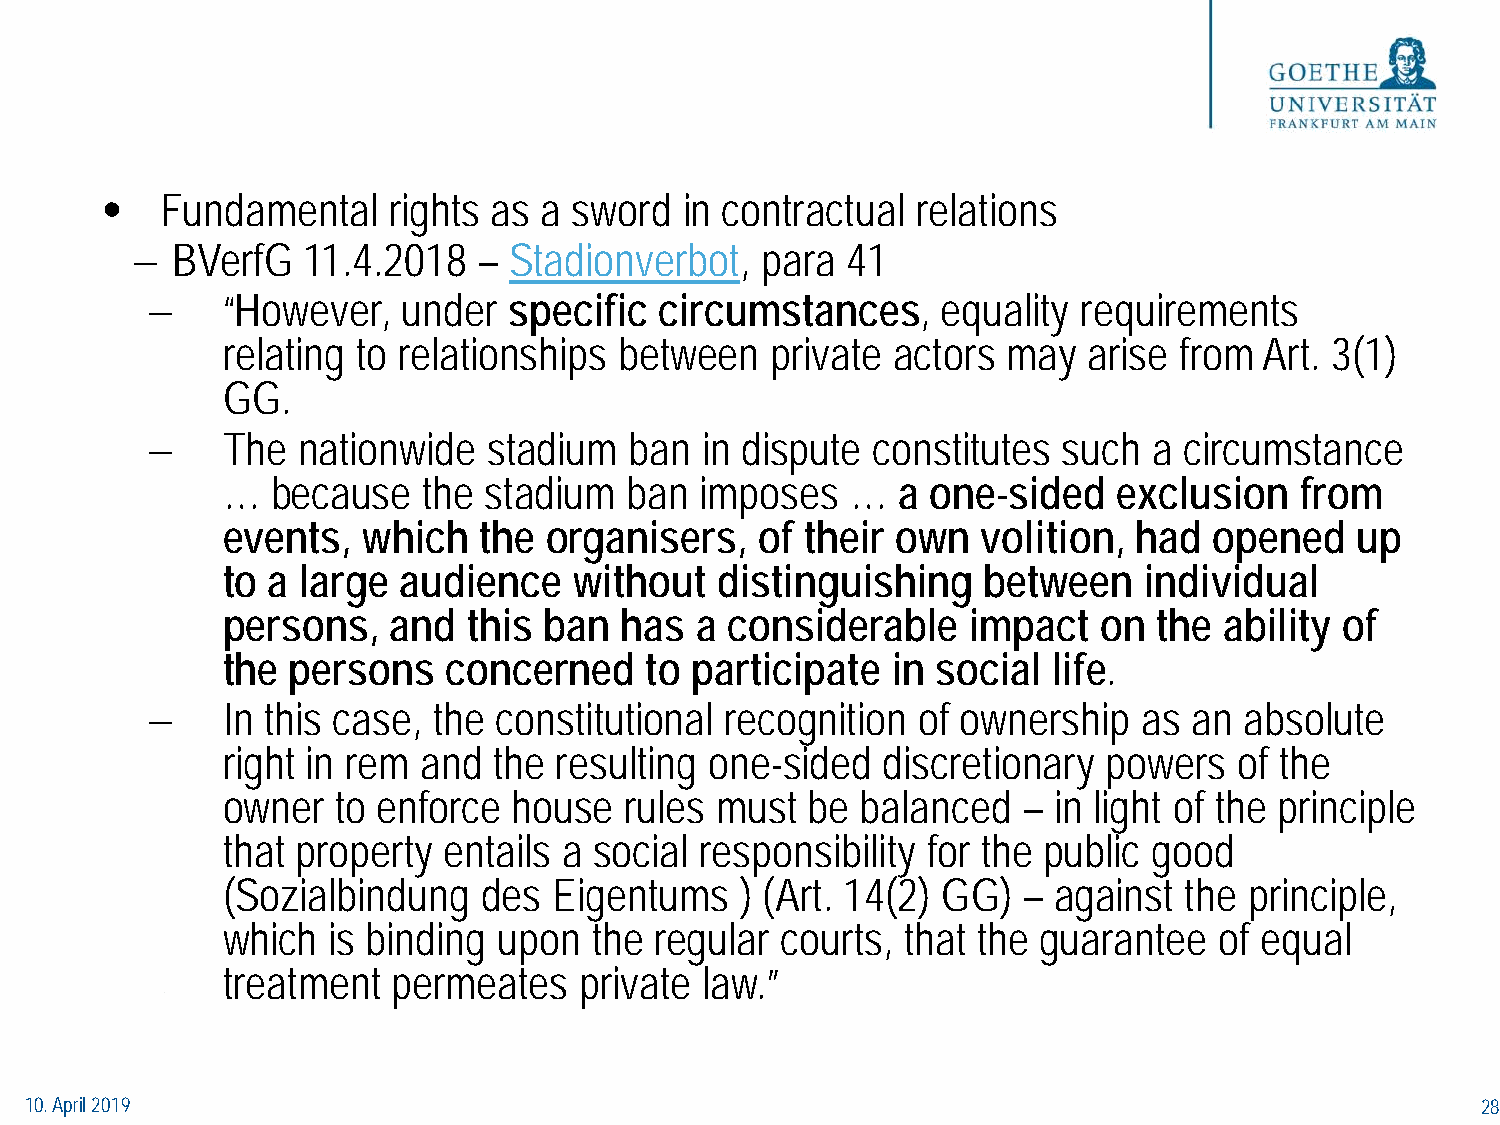
•   Fundamental    rights as a sword  in contractual  relations
 − BVerfG   11.4.2018   – Stadionverbot,  para  41
 −    “However,   under  specific  circumstances,    equality  requirements
 relating to relationships between   private actors  may  arise from  Art. 3(1)
 GG.
 −    The  nationwide  stadium   ban in dispute  constitutes such  a circumstance
 …  because   the stadium   ban imposes   …  a  one-sided   exclusion   from
 events,  which   the organisers,   of their own   volition, had  opened    up
 to a large audience    without  distinguishing    between    individual
 persons,   and  this ban  has  a considerable    impact   on  the ability of
 the persons    concerned    to participate  in social  life.
 −    In this case, the constitutional recognition  of ownership   as an absolute
 right in rem and  the resulting one-sided  discretionary  powers   of the
 owner  to enforce  house  rules must   be balanced   – in light of the principle
 that property entails a social responsibility for the public good
 (Sozialbindung   des  Eigentums   ) (Art. 14(2) GG)  – against the  principle,
 which  is binding upon  the regular  courts, that the guarantee   of equal
 treatment  permeates   private law.”
 10. April 2019                                                                                  28